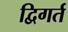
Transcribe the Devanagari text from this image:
द्विगर्त